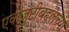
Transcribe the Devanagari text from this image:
एकजुटीबद्दलच्या